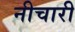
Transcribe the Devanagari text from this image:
नीचारी